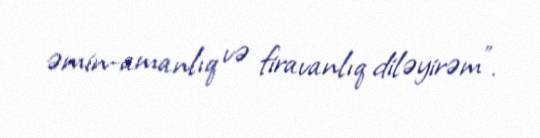
əmin-amanlıq və firavanlıq diləyirəm”.